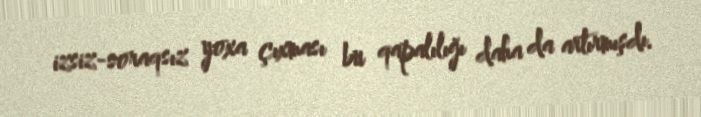
izsiz-soraqsız yoxa çıxması bu qapalılığı daha da artırmışdı.